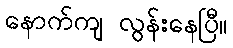
နောက်ကျ လွန်းနေပြီ။